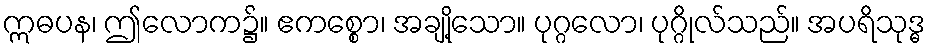
ဣဓပန၊ ဤလောက၌။ ဧကစ္စော၊ အချို့သော။ ပုဂ္ဂလော၊ ပုဂ္ဂိုလ်သည်။ အပရိသုဒ္ဓ